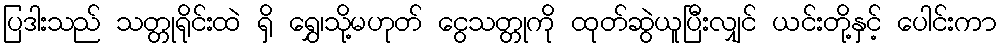
ပြဒါးသည် သတ္တုရိုင်းထဲ ရှိ ရွှေ၊သို့မဟုတ် ငွေသတ္တုကို ထုတ်ဆွဲယူပြီးလျှင် ယင်းတို့နှင့် ပေါင်းကာ